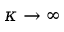
\kappa \rightarrow \infty